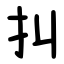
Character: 㧃